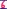
Text: 6